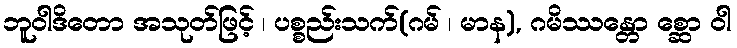
ဘူဝါဒိတော အသုတ်ဖြင့် ၊ ပစ္စည်းသက်(ဂမ် ၊ မာန), ဂမိဿန္တော စ္ဆော ဝါ